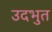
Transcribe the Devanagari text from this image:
उदभुत